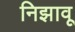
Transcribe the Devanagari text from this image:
निझावू